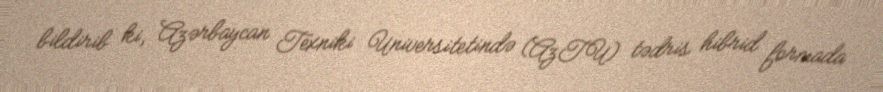
bildirib ki, Azərbaycan Texniki Universitetində (AzTU) tədris hibrid formada